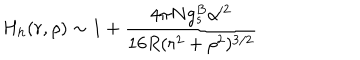
LaTeX: H _ { h } ( r , \rho ) \sim 1 + \frac { 4 \pi N g _ { s } ^ { B } \alpha ^ { \prime 2 } } { 1 6 R ( r ^ { 2 } + \rho ^ { 2 } ) ^ { 3 / 2 } }